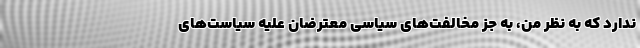
ندارد که به نظر من، به جز مخالفت‌های سیاسی معترضان علیه سیاست‌های